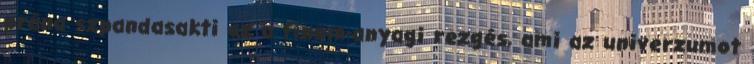
prána szpandasakti az a finom-anyagi rezgés, ami az univerzumot